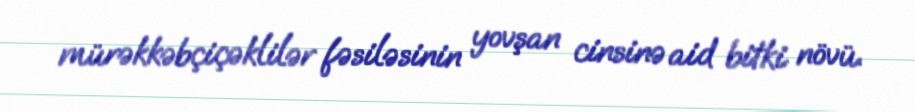
mürəkkəbçiçəklilər fəsiləsinin yovşan cinsinə aid bitki növü.